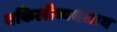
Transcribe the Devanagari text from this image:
वकिलीव्यवसाय